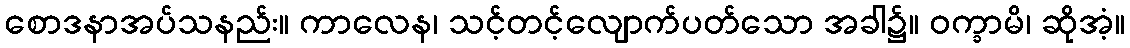
စောဒနာအပ်သနည်း။ ကာလေန၊ သင့်တင့်လျောက်ပတ်သော အခါ၌။ ဝက္ခာမိ၊ ဆိုအံ့။